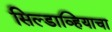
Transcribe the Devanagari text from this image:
सिल्डाव्हियाचा